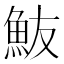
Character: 𩵼